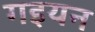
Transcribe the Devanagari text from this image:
गइयन